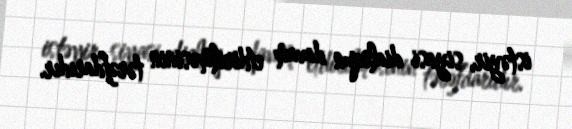
istəyir, siyasi dialoqun davam etdirilməsinin tərəfdarıdır.